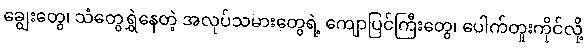
ချွေးတွေ၊ သံတွေရွှဲနေတဲ့ အလုပ်သမားတွေရဲ့ ကျောပြင်ကြီးတွေ၊ ပေါက်တူးကိုင်လို့